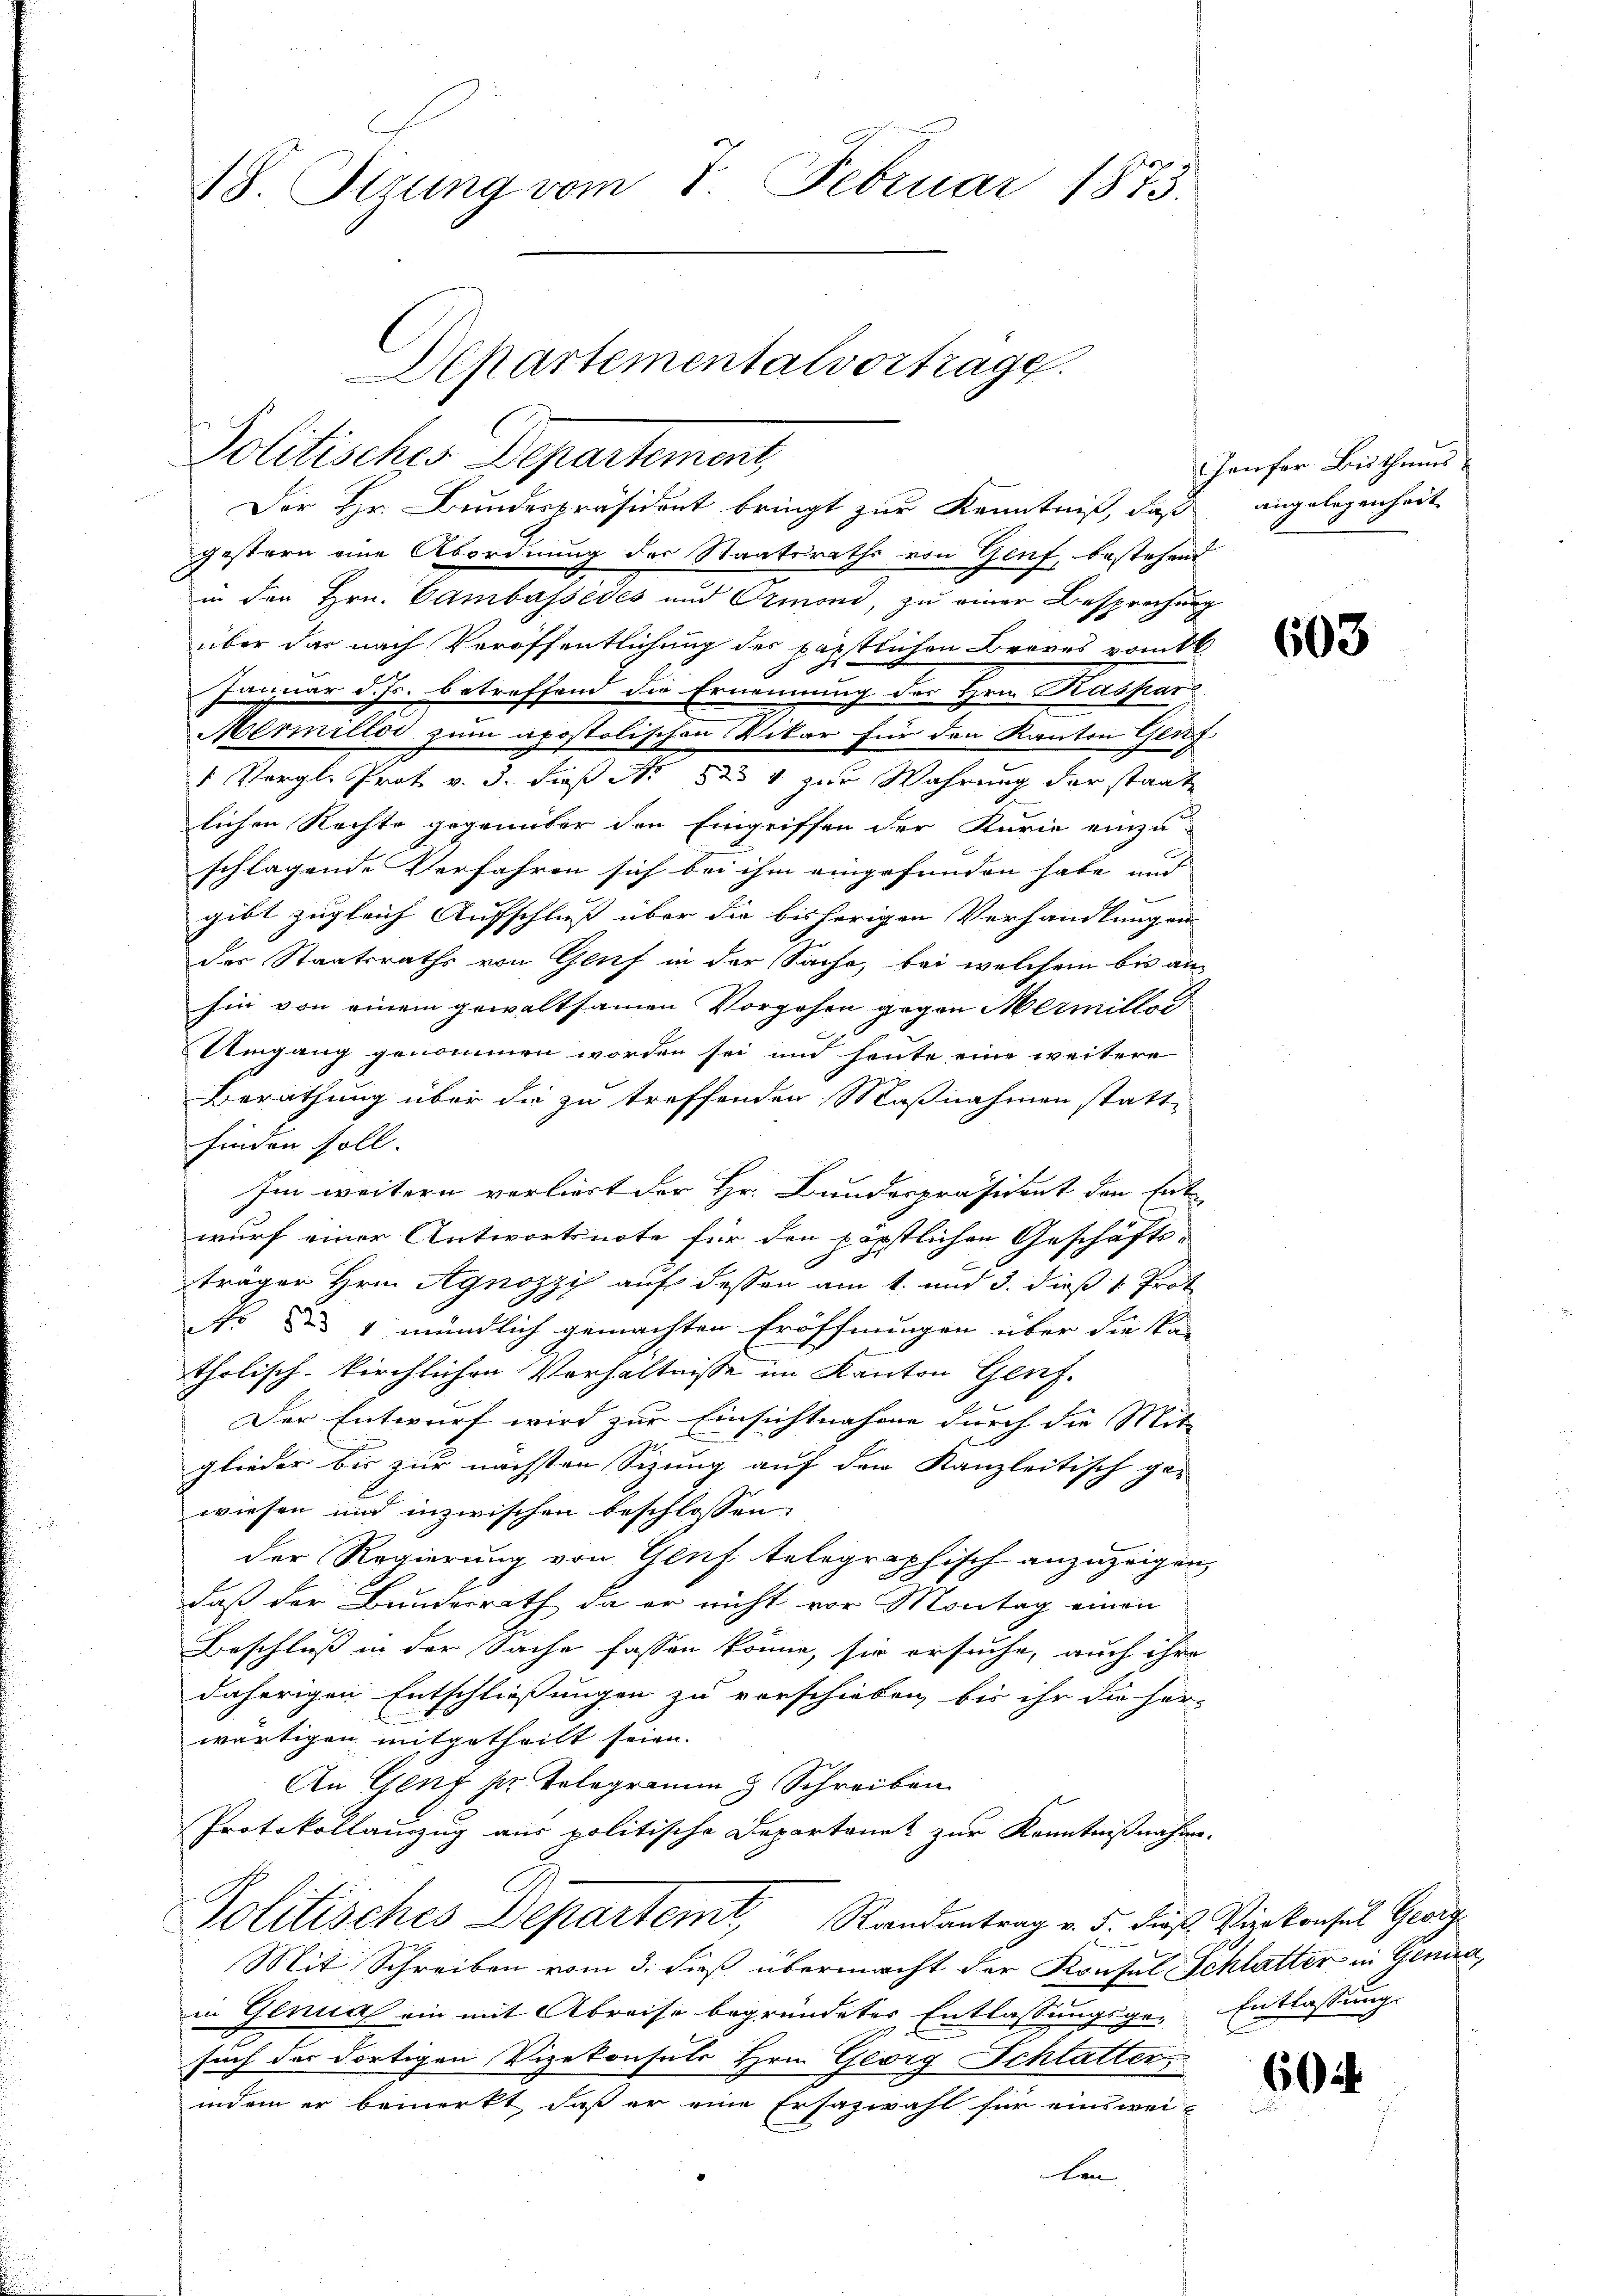
18. Sirung vom 7. Februar 1873.

Departementalvortrage.
Politisches Departement,
Der Hr. Bundespräsident bringt zur Kenntniß, daß angelegenheit

gestern eine Abordnung des Staatsraths von Genf, bestehend
in den Hrn. Bambassédés und Ormoni, zu einer Besprechung
über das nach Veröffentlichung des perstlichen Braves vom 1
f
6
Januar d. Js. betreffend die Ernennung des Hrn. Kaspar
Mermillos zum apostolischen Vikar für den Kanton Genf
1 Vergl. Prot v. 3. daß No 823 4 zur Wahrung der staat
lichen Rechte gegenüber den Eingriffen der Kurie einzu-
schlagende Verfahren sich bei ihm eingefunden habe und
gibt zugleich Aufschluss über die bisherigen Verhandlungen
der Staatsraths von Genf in der Sache, bei welchem bis an-
hin von einem gewaltsamen Vorgehen gegen Mermille
r
Umgang genommen worden sei und heute eine weitere
Berathung über die zu treffenden Maßnahmen stattfinden soll.
Im weitern verliert der Hr. Bundespräsident den Ent
wurf einer Antwortsnote für den päpstlichen Geschäfts-
c
träger Hrn. Agnozzi auf dessen am 1. und 3. dieß 1. Prot
Ns des 4 mündlich gemachten Eröffnungen über die kan
tholisch-kirchlichen Verhältnisse im Kanton Genf.
Der Entwurf wird zur Einsichtnahme durch die Mit-
glieder bis zur nächsten Sizung auf den Kanzleitisch ge-
wiesen und inzwischen beschlossen:
der Regierung von Genf telegraphisch anzuzeigen,
daß der Bundesrath, da er nicht vor Montag einen
Beschluss in der Sache fassen könne, sie ersuche, auch ihre
daherigen Entschliessungen zu verschieben, bis ihr die her-
wärtigen mitgetheilt seien.
An Genf pr. Telegramm & Schreiben
Protokollauszug aus politische Departenet zur Kenntnißnahme.
Politisches Departemt, Randantrag v. 5. dieß Virkonsul Georg
Mit Schreiben vom 3. dieß übermacht der Konsul Schlatter in Genua,
in Genua ein mit Abreise begründeter Entlassungsge-Entlassung.
such der dortigen Vizekonsuls Hrn. Georg Schlatter
indem er bemerkt, daß er eine Ersazwahl für einsweiken

Heufer Bisthums

603

604